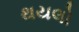
થયલો